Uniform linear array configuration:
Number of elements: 12
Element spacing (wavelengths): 0.25
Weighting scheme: exponential
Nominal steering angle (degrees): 15
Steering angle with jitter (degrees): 13.104
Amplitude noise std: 0.05
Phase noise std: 0.05

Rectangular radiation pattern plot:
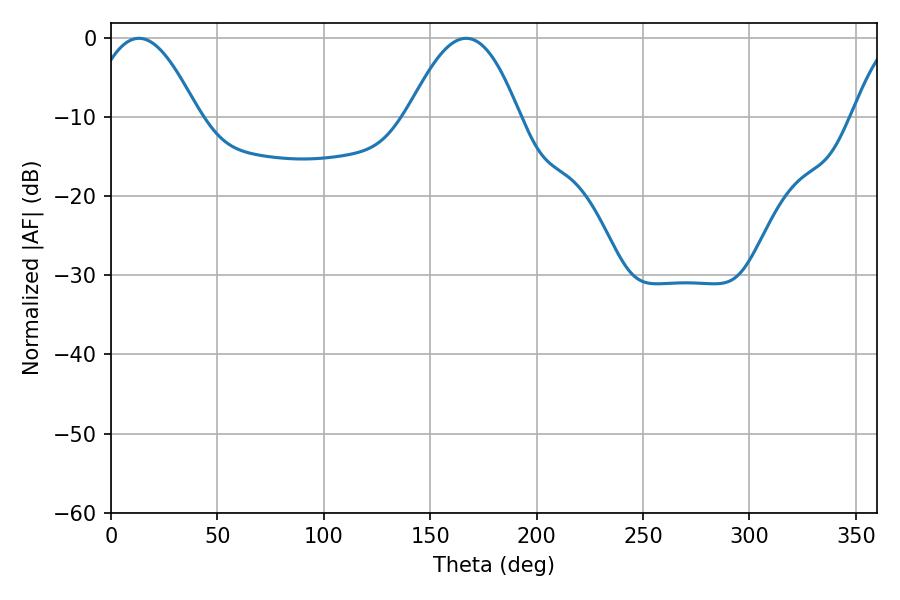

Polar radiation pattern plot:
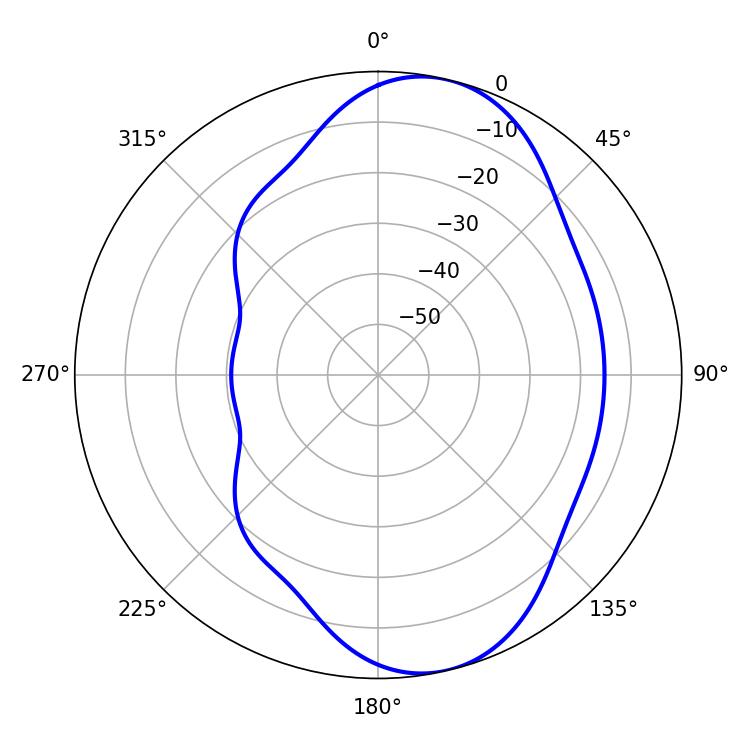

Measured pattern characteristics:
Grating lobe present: FALSE
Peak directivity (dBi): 8.287
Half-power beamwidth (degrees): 27.9
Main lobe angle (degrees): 13.14